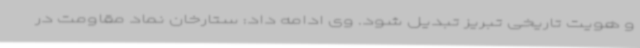
و هویت تاریخی تبریز تبدیل شود. وی ادامه داد: ستارخان نماد مقاومت در